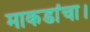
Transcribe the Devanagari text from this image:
माकडांचा।